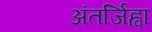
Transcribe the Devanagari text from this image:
अंतर्जिह्वा